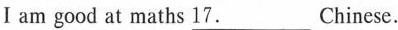
Ⅰ am good at maths \underline{17.}___Chinese.